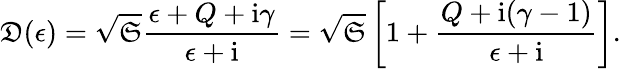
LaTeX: \mathfrak{D}(\epsilon)=\sqrt{\mathfrak{S}}\frac{\epsilon+Q+\mathrm{i}\gamma}{\epsilon+\mathrm{i}}=\sqrt{\mathfrak{S}}\left[1+\frac{Q+\mathrm{i}(\gamma-1)}{\epsilon+\mathrm{i}}\right].